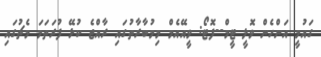
ގައުމީ އަންހެން ވޮލީ ޓީމް--ފޮޓޯ: ވީއޭއެމް މިމުބާރާތުގައި ރާއްޖެ ކުޅޭ ފުރަތަމަ މެޗުގައި